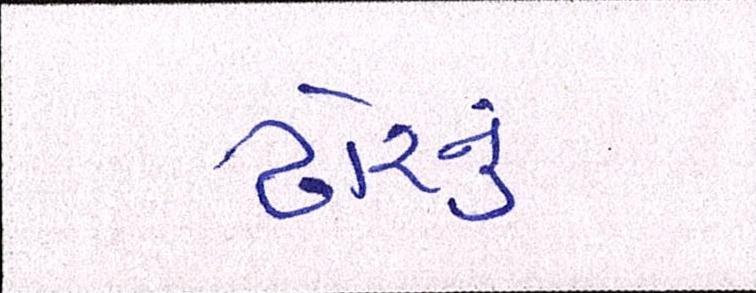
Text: ઢોરનું